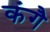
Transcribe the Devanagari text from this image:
कंगै